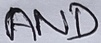
Text: AND